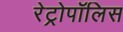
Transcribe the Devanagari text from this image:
रेट्रोपॉलिस